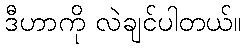
ဒီဟာကို လဲချင်ပါတယ်။